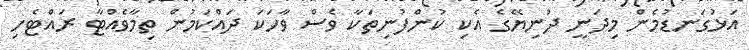
އަޅުގަނޑުމެން މިދަނީ ދުނިޔޭގެ އެކި ކުންފުނިތަކާ ވެސް ވާހަކަ ދައްކަމުން ތިމާވެއްޓާ ރައްޓެހި